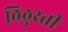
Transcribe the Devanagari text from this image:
ठिठुरती